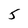
Character: 5